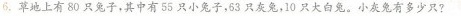
6.草地上有80只兔子，其中有55只小兔子，63只灰兔，10只大白兔。小灰兔有多少只?